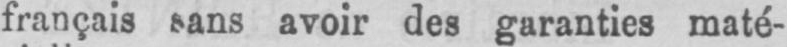
français sans avoir des garanties maté-